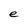
Character: e